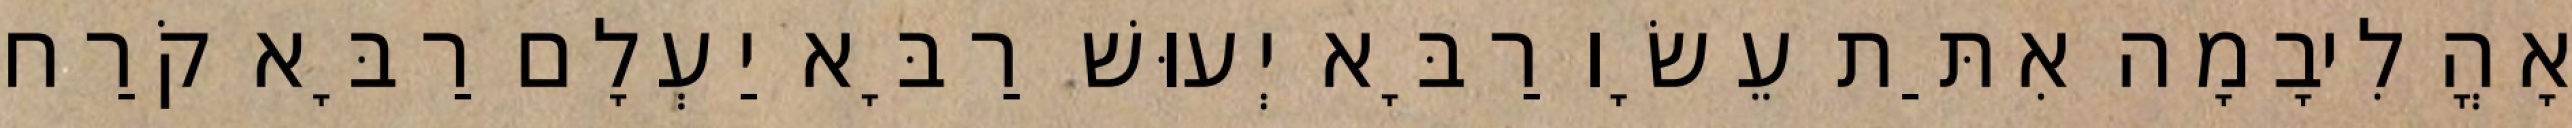
אָהֳלִיבָמָה אִתַּת עֵשָׂו רַבָּא יְעוּשׁ רַבָּא יַעְלָם רַבָּא קֹרַח